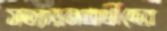
সত্যায়নপ্রার্থীদের